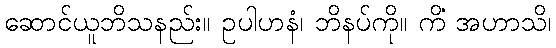
ဆောင်ယူဘိသနည်း။ ဥပါဟနံ၊ ဘိနပ်ကို။ ကိံ အဟာသိ၊